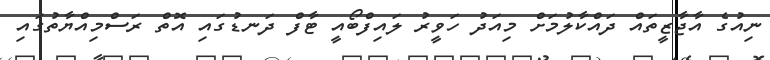
ނިއުގެ އާޖާޒީތައް ދައްކާލުމަށް މިއަދު ހަވީރު ލައިފްބޯއީ ޓާފް ދަނޑުގައި އޮތް ރަސްމިއްޔާތުގައި